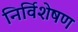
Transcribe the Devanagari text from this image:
निर्विशेषण